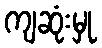
ကျဆုံးမှု